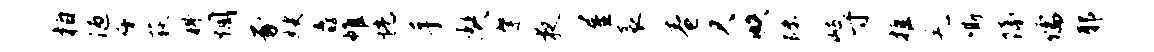
柏陋千荻科惆豕嫂纛帷恍手契綮夜屋衾卷欠帙陟岐寸推羌嘶隔儒耶